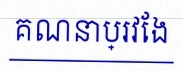
គណនាប្រវែង